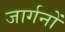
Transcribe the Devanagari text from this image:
जार्गनों